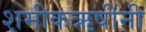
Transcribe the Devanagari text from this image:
शमीकऋषींनी